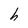
Character: h